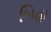
બિહા